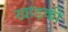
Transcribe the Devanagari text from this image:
खाड़की